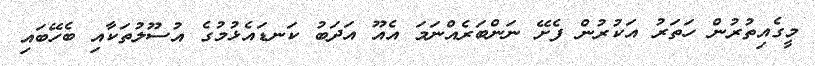
މީގެއިތުރުން ހަތަރު އަކުރުން ފެށޭ ނަންބަރެއްނަމަ އެއޫ އަދަބު ކަނޑައެޅުމުގެ އުސޫލުތަކާއި ބެހޭބައި